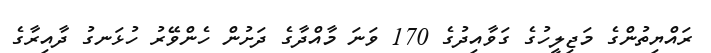
ރައްޔިތުންގެ މަޖިލީހުގެ ގަވާއިދުގެ 170 ވަނަ މާއްދާގެ ދަށުން ހެންވޭރު ހުޅަނގު ދާއިރާގެ